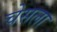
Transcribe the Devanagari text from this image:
चेसला